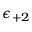
\epsilon _ { + 2 }